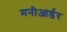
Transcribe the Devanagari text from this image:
मनीआर्डर